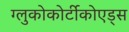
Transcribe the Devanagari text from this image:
ग्लुकोकोर्टीकोएड्स